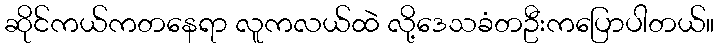
ဆိုင်ကယ်ကတနေရာ လူကလယ်ထဲ လို့ဒေသခံတဦးကပြောပါတယ်။